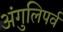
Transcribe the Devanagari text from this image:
अंगुलिपर्व